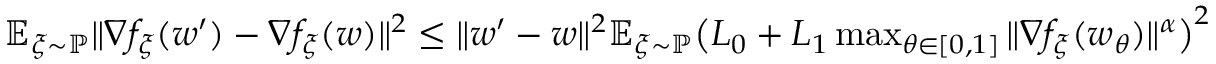
\begin{array} { r l } & { \mathbb { E } _ { \xi \sim \mathbb { P } } \| \nabla f _ { \xi } ( w ^ { \prime } ) - \nabla f _ { \xi } ( w ) \| ^ { 2 } \le \| w ^ { \prime } - w \| ^ { 2 } \mathbb { E } _ { \xi \sim \mathbb { P } } \big ( L _ { 0 } + L _ { 1 } \operatorname* { m a x } _ { \theta \in [ 0 , 1 ] } \| \nabla f _ { \xi } ( w _ { \theta } ) \| ^ { \alpha } \big ) ^ { 2 } } \end{array}